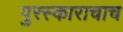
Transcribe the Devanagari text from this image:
पुरस्काराचाच